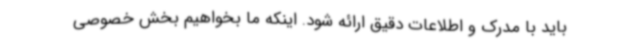
باید با مدرک و اطلاعات دقیق ارائه شود. اینکه ما بخواهیم بخش خصوصی